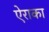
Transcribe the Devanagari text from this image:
ऐराका